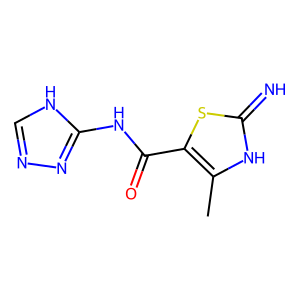
SMILES: Cc1[nH]c(=N)sc1C(=O)Nc1nnc[nH]1
Inhibits HIV replication: No